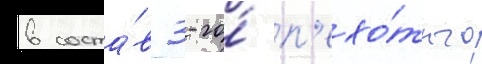
в соста́в 3-го́ п'ехо́тного